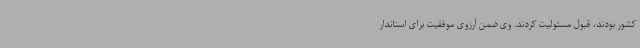
کشور بودند، قبول مسئولیت کردند. وی ضمن آرزوی موفقیت برای استاندار